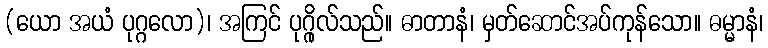
(ယော အယံ ပုဂ္ဂလော)၊ အကြင် ပုဂ္ဂိုလ်သည်။ ဓာတာနံ၊ မှတ်ဆောင်အပ်ကုန်သော။ ဓမ္မာနံ၊